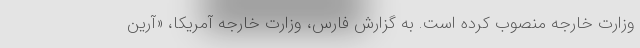
وزارت خارجه منصوب کرده است. به گزارش فارس، وزارت خارجه آمریکا، «آرین